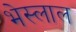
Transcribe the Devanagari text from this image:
भेस्‍लाल